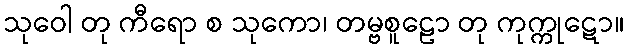
သုဝေါ တု ကီရော စ သုကော၊ တမ္ဗစူဠော တု ကုက္ကုဋော။